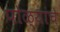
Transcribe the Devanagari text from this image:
पोळ्यांचे